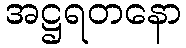
အဋ္ဌရတနော